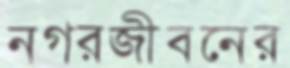
নগরজীবনের